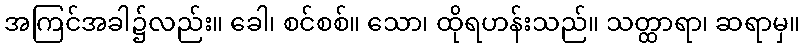
အကြင်အခါ၌လည်း။ ခေါ၊ စင်စစ်။ သော၊ ထိုရဟန်းသည်။ သတ္ထာရာ၊ ဆရာမှ။